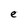
Character: e